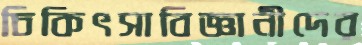
চিকিৎসাবিজ্ঞানীদের